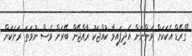
"ގްރޭޑް އެކަކަށް ވަންނަން އެދިފައިވާ ކުއްޖަކު ރާއްޖޭން ބޭރަށް ވެސް ނުވަތަ ރަށަކަށް